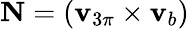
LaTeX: \mathbf{N}=(\mathbf{v}_{3\pi}\times\mathbf{v}_{b})